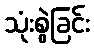
သုံးစွဲခြင်း